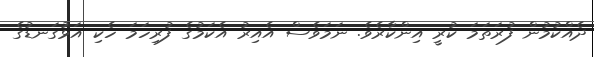
ދެއްކުމުން ފުރަތަމަ ކުރީ އިންކާރެވެ. ނަމަވެސް އެއިރު އެކަމުގެ ފުރިހަމަ ހެކި އަޅުގަނޑުގެ